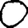
Digit: 0